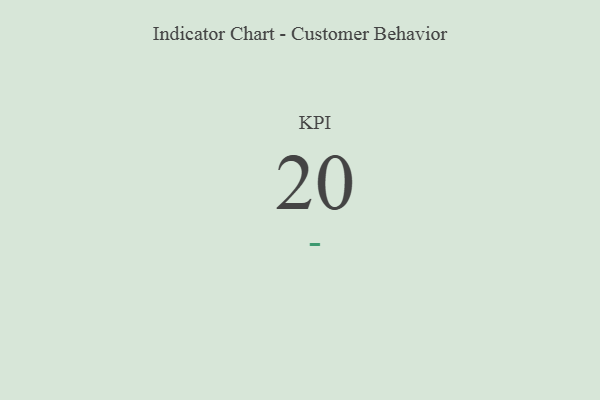
{"axis": {"x": "KPI", "y": "Value"}, "legend": [""], "data": [{"x": "KPI", "y": 20, "type": ""}]}